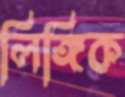
লিঙ্গিক